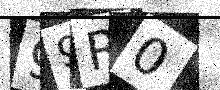
Text: 99R0